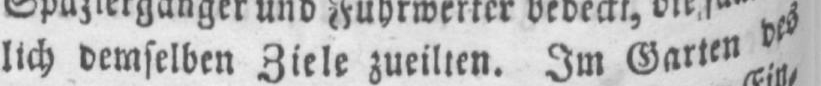
lich demselben Ziele zueilten. Im Garten des